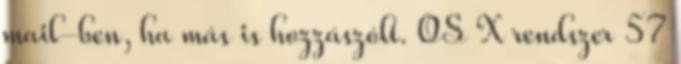
mail-ben, ha más is hozzászólt. OS X rendszer 57